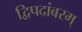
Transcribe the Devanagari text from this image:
द्विपदांबरम्